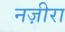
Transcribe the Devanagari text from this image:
नज़ीरा